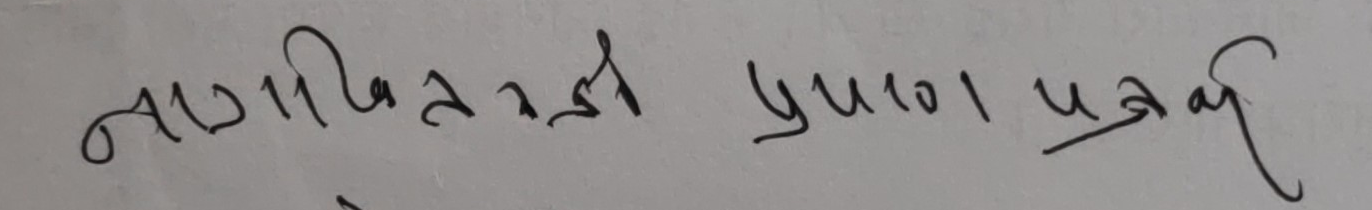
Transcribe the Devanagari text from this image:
नागरिकताको प्रमाण पत्र